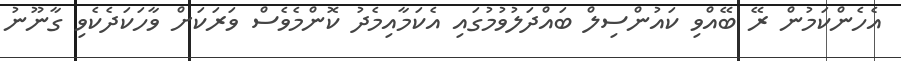
އެހެންކަމުން ރޭ ބޭއްވި ކައުންސިލް ބައްދަލުވުމުގައި އެކަމާއިމެދު ކޮންމެވެސް ވަރަކަށް ވާހަކަދެކެވި ގާނޫނު